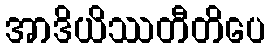
အာဒိယိဿတီတိပေ